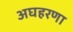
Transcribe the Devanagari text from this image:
अघहरणा